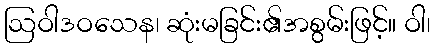
ဩဝါဒဝသေန၊ ဆုံးမခြင်း၏အစွမ်းဖြင့်။ ဝါ၊